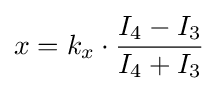
x=k_{x}\cdot {\frac {I_{4}-I_{3}}{I_{4}+I_{3}}}